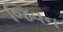
જિવન